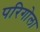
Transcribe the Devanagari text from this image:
परिगोला